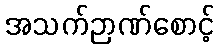
အသက်ဉာဏ်စောင့်